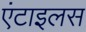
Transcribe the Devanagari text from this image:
एंटाइलस